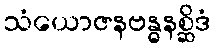
သံယောဇနဗန္ဓနစ္ဆိဒံ